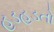
હડહડતો